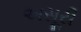
અસૂરી